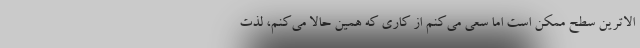
الاترین سطح ممکن است اما سعی می‌کنم از کاری که همین حالا می‌کنم، لذت